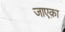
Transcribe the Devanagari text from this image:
जाएक़ा